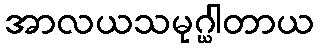
အာလယသမုဂ္ဃါတာယ